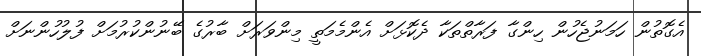
އެގޮތުން ހަމަނުޖެހުން ހިންގާ ފަރާތްތަކާ ދެކޮޅަށް އެންމެމަތީ މިންވަރަށް ބާރުގެ ބޭނުންކުރުމަށް ފުލުހުންނަށް